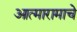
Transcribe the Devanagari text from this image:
आत्मारामाचे